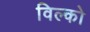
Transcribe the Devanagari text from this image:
विल्को